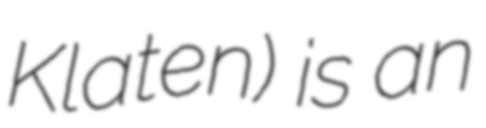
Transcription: Klaten) is an